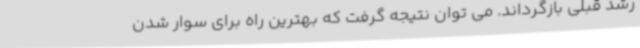
رشد قبلی بازگرداند. می توان نتیجه گرفت که بهترین راه برای سوار شدن